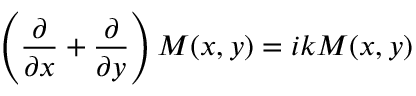
\left( \frac { \partial } { \partial x } + \frac { \partial } { \partial y } \right) M ( x , y ) = i k M ( x , y )